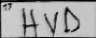
Transcription: HVD